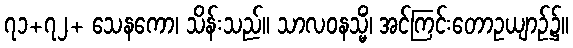
၇၁+၇၂+ သေနကော၊ သိန်းသည်။ သာလဝနသ္မိံ၊ အင်ကြင်းတောဥယျာဉ်၌။